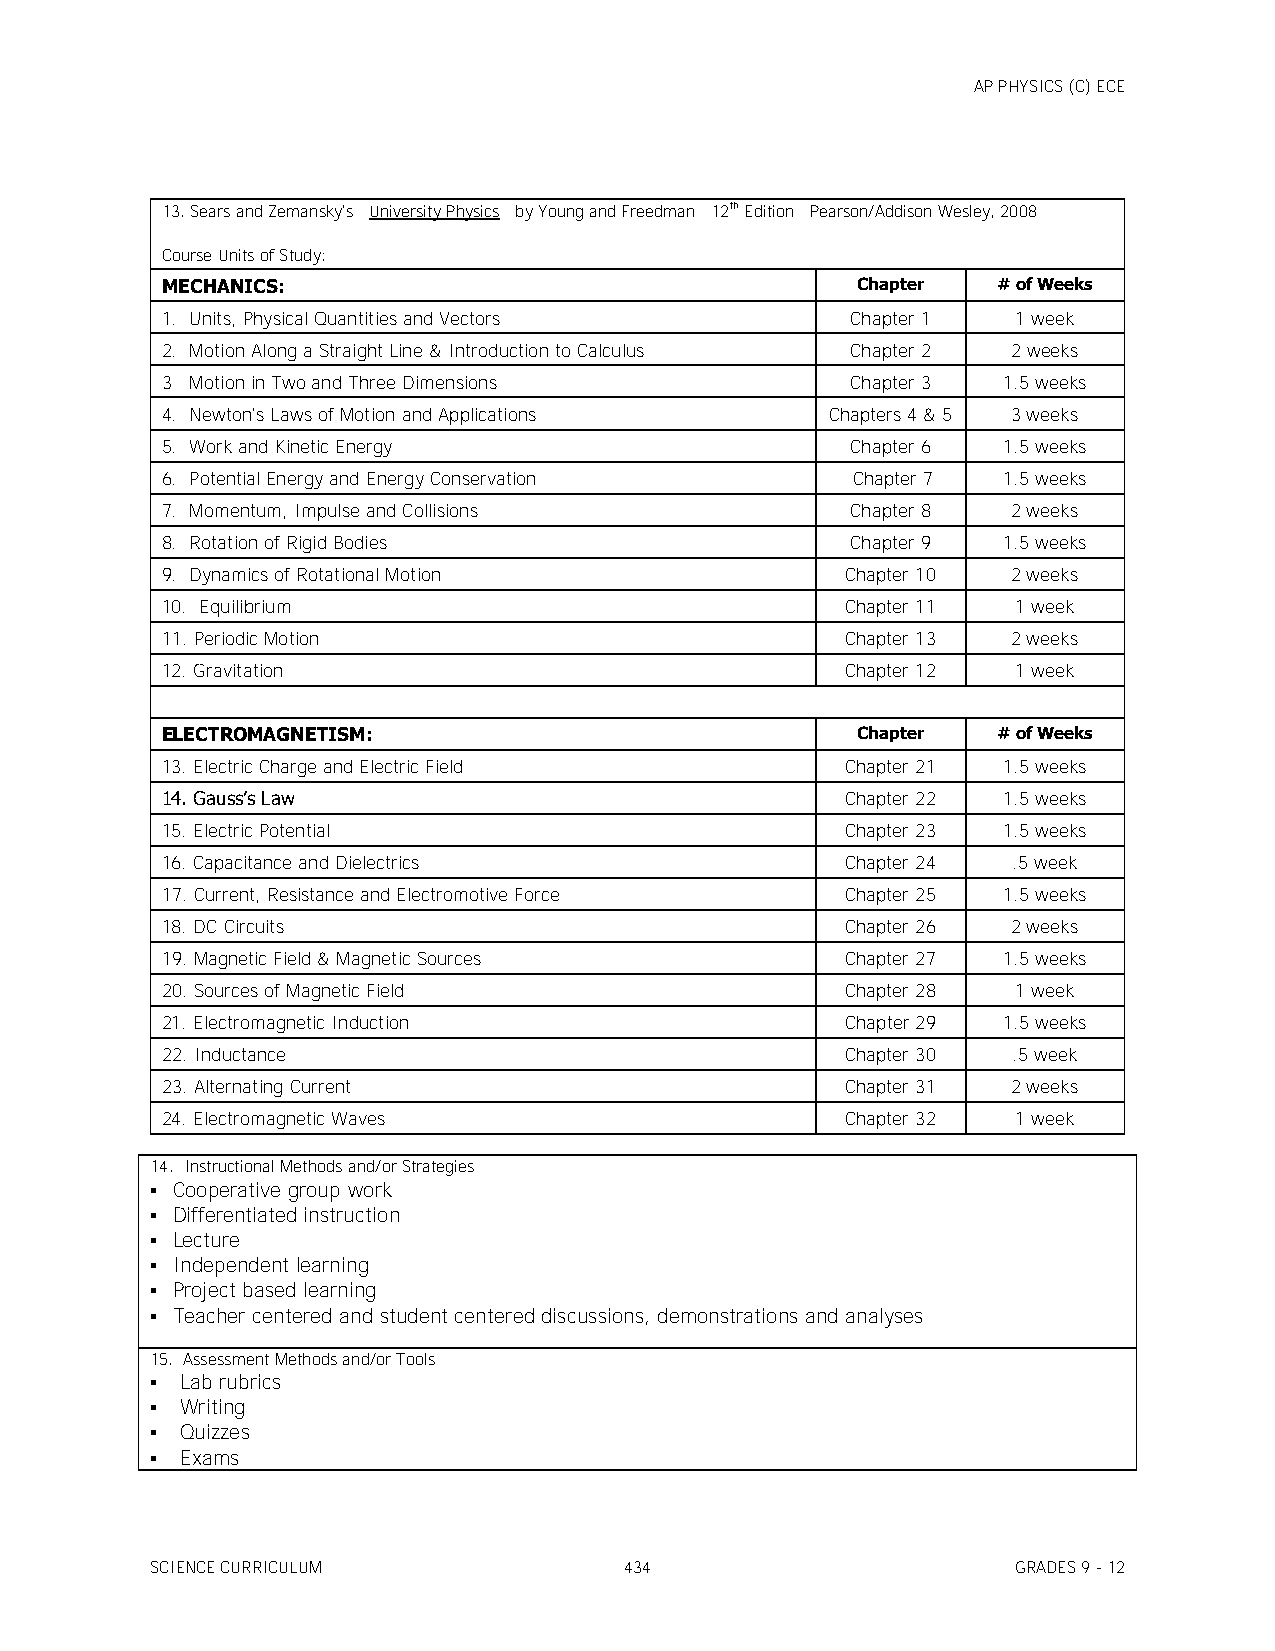
AP PHYSICS (C) ECE
 13. Sears and Zemansky's University Physics by Young and Freedman 12th Edition Pearson/Addison Wesley, 2008
 Course Units of Study:
 MECHANICS:                                    Chapter  # of Weeks
 1. Units, Physical Quantities and Vectors    Chapter 1  1 week
 2. Motion Along a Straight Line & Introduction to Calculus Chapter 2 2 weeks
 3 Motion in Two and Three Dimensions         Chapter 3 1.5 weeks
 4. Newton's Laws of Motion and Applications Chapters 4 & 5 3 weeks
 5. Work and Kinetic Energy                   Chapter 6 1.5 weeks
 6. Potential Energy and Energy Conservation  Chapter 7 1.5 weeks
 7. Momentum, Impulse and Collisions          Chapter 8  2 weeks
 8. Rotation of Rigid Bodies                  Chapter 9 1.5 weeks
 9. Dynamics of Rotational Motion             Chapter 10 2 weeks
 10. Equilibrium                              Chapter 11 1 week
 11. Periodic Motion                          Chapter 13 2 weeks
 12. Gravitation                              Chapter 12 1 week
 ELECTROMAGNETISM:                             Chapter  # of Weeks
 13. Electric Charge and Electric Field       Chapter 21 1.5 weeks
 14. Gauss’s Law                              Chapter 22 1.5 weeks
 15. Electric Potential                       Chapter 23 1.5 weeks
 16. Capacitance and Dielectrics              Chapter 24 .5 week
 17. Current, Resistance and Electromotive Force Chapter 25 1.5 weeks
 18. DC Circuits                              Chapter 26 2 weeks
 19. Magnetic Field & Magnetic Sources        Chapter 27 1.5 weeks
 20. Sources of Magnetic Field                Chapter 28 1 week
 21. Electromagnetic Induction                Chapter 29 1.5 weeks
 22. Inductance                               Chapter 30 .5 week
 23. Alternating Current                      Chapter 31 2 weeks
 24. Electromagnetic Waves                    Chapter 32 1 week
 14. Instructional Methods and/or Strategies
  Cooperative group work
  Differentiated instruction
  Lecture
  Independent learning
  Project based learning
  Teacher centered and student centered discussions, demonstrations and analyses
 15. Assessment Methods and/or Tools
  Lab rubrics
  Writing
  Quizzes
  Exams
 SCIENCE CURRICULUM             434                       GRADES 9 - 12